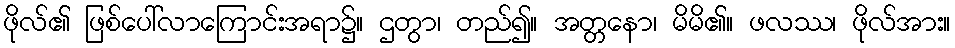
ဖိုလ်၏ ဖြစ်ပေါ်လာကြောင်းအရာ၌။ ဌတွာ၊ တည်၍။ အတ္တနော၊ မိမိ၏။ ဖလဿ၊ ဖိုလ်အား။